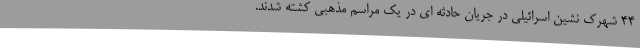
44 شهرک نشین اسرائیلی در جریان حادثه ای در یک مراسم مذهبی کشته شدند.